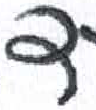
אות: ד